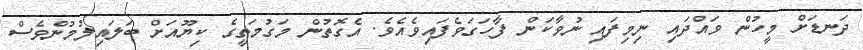
ދަނޑަށް މީހުން ވައްދައި ނިމިފައި ނުވާކަން ފާހަގަވެފައިވެއެވެ. އެގޮތުން މަގުމަތީގެ ކިޔޫއަށް ބަލައިލުމުންވެސް